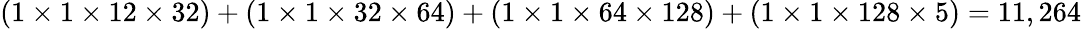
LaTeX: (1\times 1\times 12\times 32)+(1\times 1\times 32\times 64)+(1\times 1\times 64\times 128)+(1\times 1\times 128\times 5)=11,264